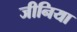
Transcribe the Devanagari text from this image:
जीनिया